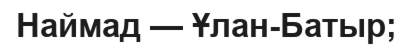
Наймад — Ұлан-Батыр;